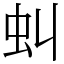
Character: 虯